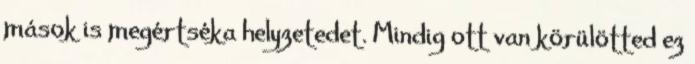
mások is megértséka helyzetedet. Mindig ott van körülötted ez